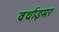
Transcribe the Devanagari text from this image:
वर्थाइमर